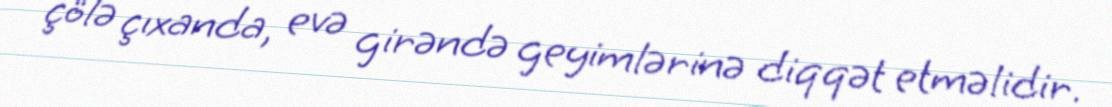
çölə çıxanda, evə girəndə geyimlərinə diqqət etməlidir.